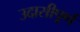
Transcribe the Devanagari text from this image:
उदासीपूर्ण